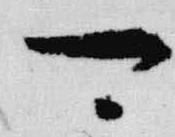
可